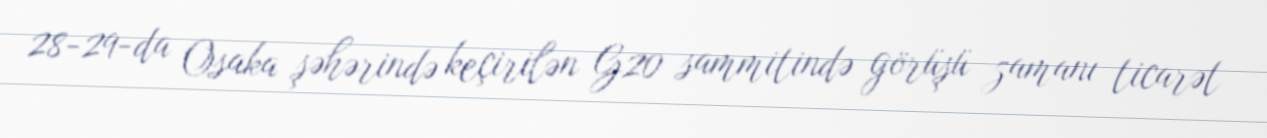
28-29-da Osaka şəhərində keçirilən G20 sammitində görüşü zamanı ticarət